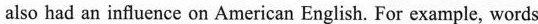
also had an influence on American English. For example, words